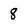
Character: 8